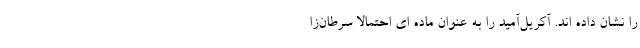
را نشان داده اند. آکریل‌آمید را به عنوان ماده ای احتمالا سرطان‌زا